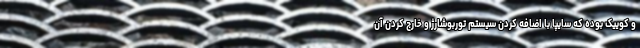
و کوییک بوده که سایپا با اضافه کردن سیستم توربوشارژ و خارج کردن آن